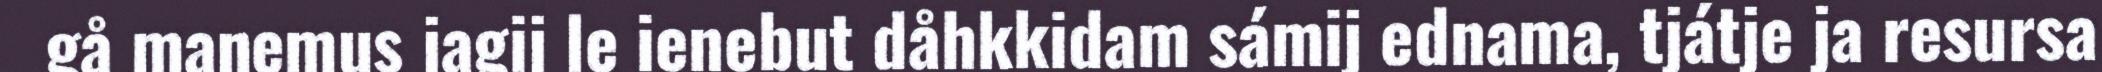
gå maŋemus jagij le ienebut dåhkkidam sámij ednama, tjátje ja resursa